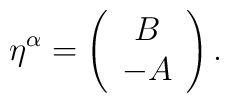
\eta^{\alpha} =\left(\begin{array}{c} B\\ -A\end{array} \right).